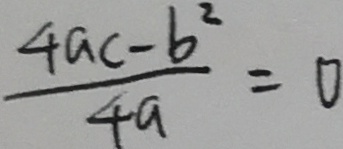
\frac { 4 a c - b ^ { 2 } } { 4 a } = 0